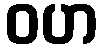
ဝဟ